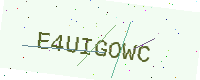
Text: E4UIGOWC